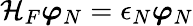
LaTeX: \mathcal{H}_{F}\boldsymbol{\varphi}_{N}=\epsilon_{N}\boldsymbol{\varphi}_{N}